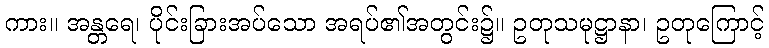
ကား။ အန္တရေ၊ ပိုင်းခြားအပ်သော အရပ်၏အတွင်း၌။ ဥတုသမုဋ္ဌာနာ၊ ဥတုကြောင့်